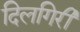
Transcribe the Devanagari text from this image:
दिलगिरी